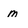
Character: m